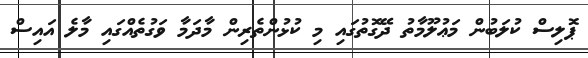
ޕޮލިސް ކުލަބުން މަޢުލޫމާތު ދޭގޮތުގައި މި ކުޅުންތެރިން މާދަމާ ވަގުތެއްގައި މާލެ އައިސް